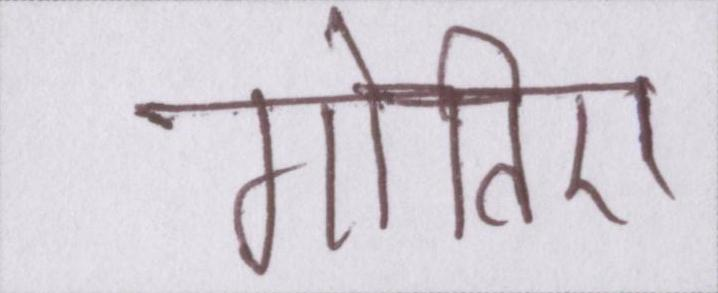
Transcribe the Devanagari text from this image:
गोतिए